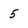
Character: 5